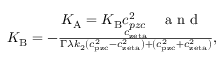
\begin{array} { r } { K _ { \mathrm { A } } = K _ { \mathrm { B } } c _ { p z c } ^ { 2 } \quad \mathrm { ~ a ~ n ~ d ~ } \quad } \\ { K _ { \mathrm { B } } = - \frac { c _ { \mathrm { z e t a } } } { \Gamma \lambda k _ { 2 } ( c _ { \mathrm { p z c } } ^ { 2 } - c _ { \mathrm { z e t a } } ^ { 2 } ) + ( c _ { \mathrm { p z c } } ^ { 2 } + c _ { \mathrm { z e t a } } ^ { 2 } ) } , } \end{array}